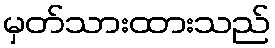
မှတ်သားထားသည်